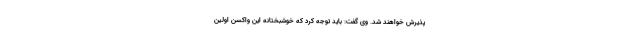
پذیرش خواهند شد. وی گفت: باید توجه کرد که خوشبختانه این واکسن اولین